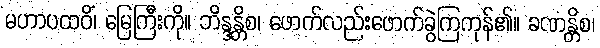
မဟာပထဝိံ၊ မြေကြီးကို။ ဘိန္ဒန္တိစ၊ ဖောက်လည်းဖောက်ခွဲကြကုန်၏။ ခဏန္တိစ၊